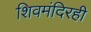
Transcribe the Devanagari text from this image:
शिवमंदिरही